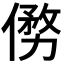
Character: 𠍢